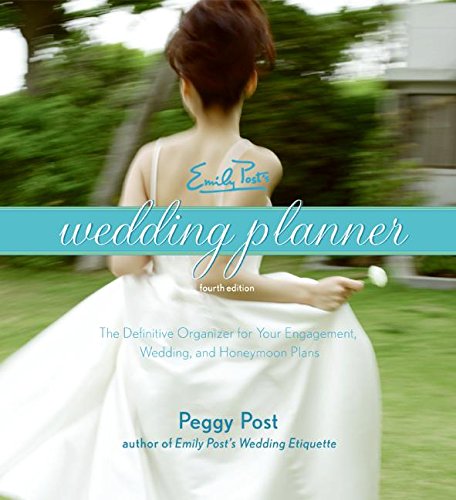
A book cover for Emily Post's Wedding Planner, 4e; Peggy Post; Crafts, Hobbies & Home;